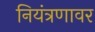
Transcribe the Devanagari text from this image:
नियंत्रणावर